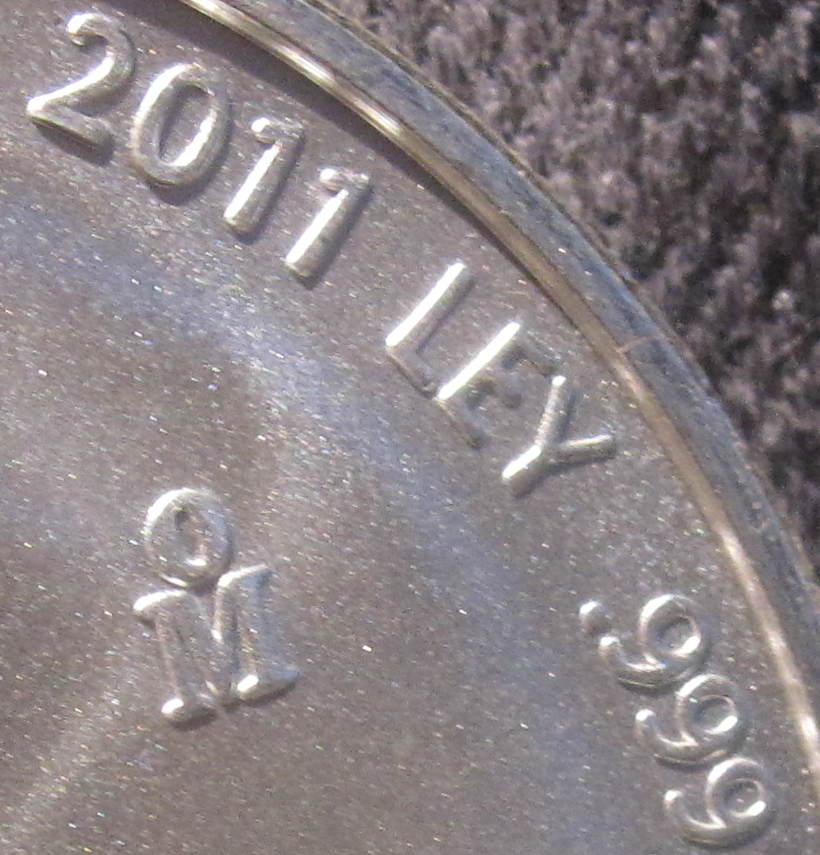
2011 LEY .999